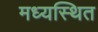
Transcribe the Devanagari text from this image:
मध्यस्थित